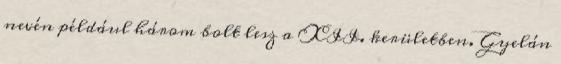
nevén például három bolt lesz a XII. kerületben. Gyelán